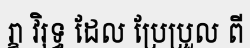
រ្ខា វិរុទ្ធ ដែល ប្រែប្រួល ពី